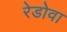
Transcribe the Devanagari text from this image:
रेडोवा